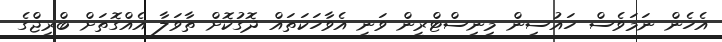
އެހެން ނަމަވެސް ހައުސިން މިނިސްޓްރީން ވަނީ އެވާހަކަތައް ދޮގުކޮށް ތާވަލާ އެއްގޮތަށް ބްރިޖްގެ